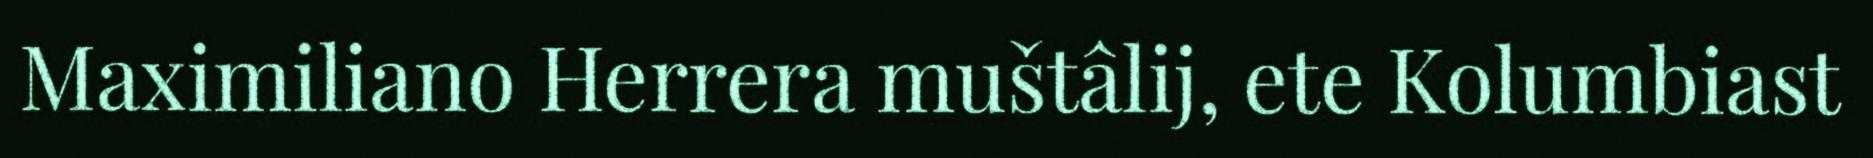
Maximiliano Herrera muštâlij, ete Kolumbiast